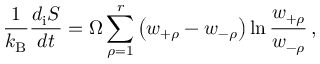
\frac { 1 } { k _ { \mathrm { B } } } \frac { d _ { \mathrm { i } } S } { d t } = \Omega \sum _ { \rho = 1 } ^ { r } \left( w _ { + \rho } - w _ { - \rho } \right) \ln \frac { w _ { + \rho } } { w _ { - \rho } } \, ,